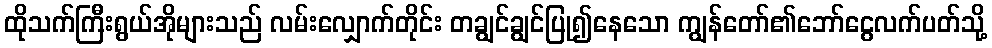
ထိုသက်ကြီးရွယ်အိုများသည် လမ်းလျှောက်တိုင်း တချွင်ချွင်ပြု၍နေသော ကျွန်တော်၏ဘော်ငွေလက်ပတ်သို့